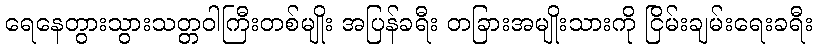
ရေနေတွားသွားသတ္တဝါကြီးတစ်မျိုး အပြန်ခရီး တခြားအမျိုးသားကို ငြိမ်းချမ်းရေးခရီး